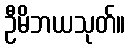
ဦမိဘယသုတ်။